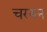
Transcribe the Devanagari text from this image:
चरयन